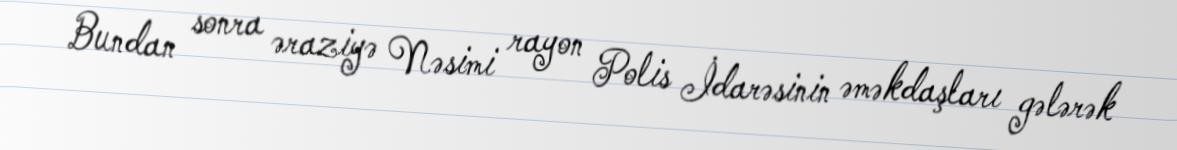
Bundan sonra əraziyə Nəsimi rayon Polis İdarəsinin əməkdaşları gələrək